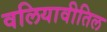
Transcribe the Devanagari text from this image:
वलियावीतिल